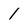
Character: 1